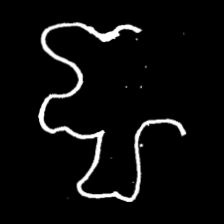
Pyu character \u2014 Myanmar letter: ဈ (romanized: jha)